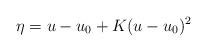
LaTeX: \begin{align*}\eta=u-u_0 + K (u-u_0)^2\end{align*}